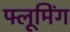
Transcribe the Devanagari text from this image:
फ्लूमिंग